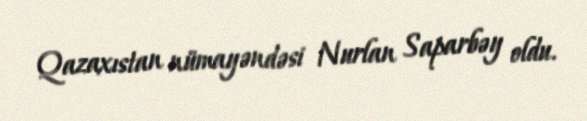
Qazaxıstan nümayəndəsi Nurlan Saparbəy oldu.